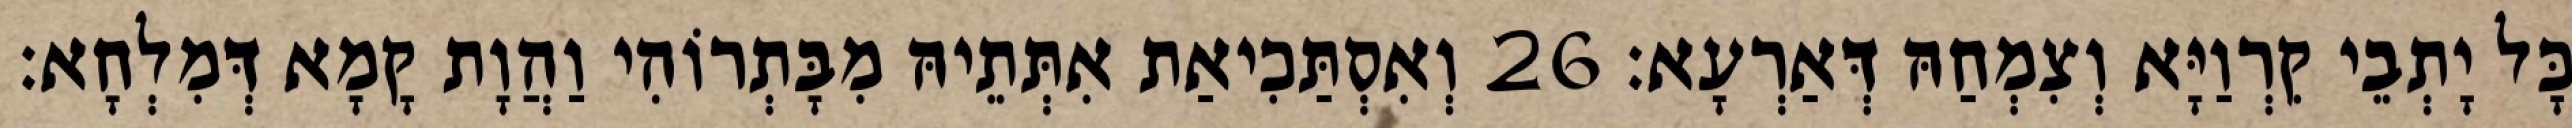
כָּל יָתְבֵי קִרְוַיָּא וְצִמְחַהּ דְּאַרְעָא׃ 26 וְאִסְתַּכִיאַת אִתְּתֵיהּ מִבָּתְרוֹהִי וַהֲוָת קָמָא דְּמִלְחָא׃